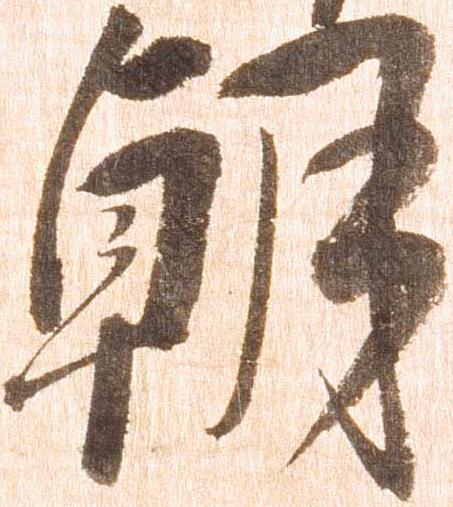
朝